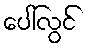
ပေါ်လွင်